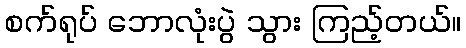
စက်ရုပ် ဘောလုံးပွဲ သွား ကြည့်တယ်။